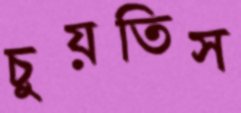
চুয়তিস